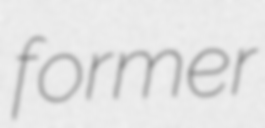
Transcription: former